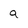
Character: a